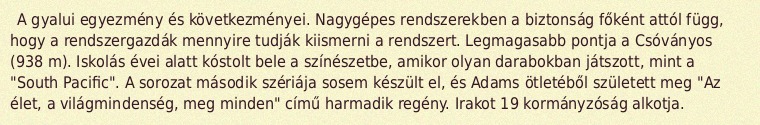
A gyalui egyezmény és következményei. Nagygépes rendszerekben a biztonság főként attól függ, hogy a rendszergazdák mennyire tudják kiismerni a rendszert. Legmagasabb pontja a Csóványos (938 m). Iskolás évei alatt kóstolt bele a színészetbe, amikor olyan darabokban játszott, mint a "South Pacific". A sorozat második szériája sosem készült el, és Adams ötletéből született meg "Az élet, a világmindenség, meg minden" című harmadik regény. Irakot 19 kormányzóság alkotja.